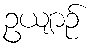
ဥယျာဉ်